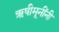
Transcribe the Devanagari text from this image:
ऋषीमूनींनी